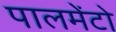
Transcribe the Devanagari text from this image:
पालमेंटो